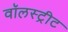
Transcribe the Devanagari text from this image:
वॉलस्ट्रीट